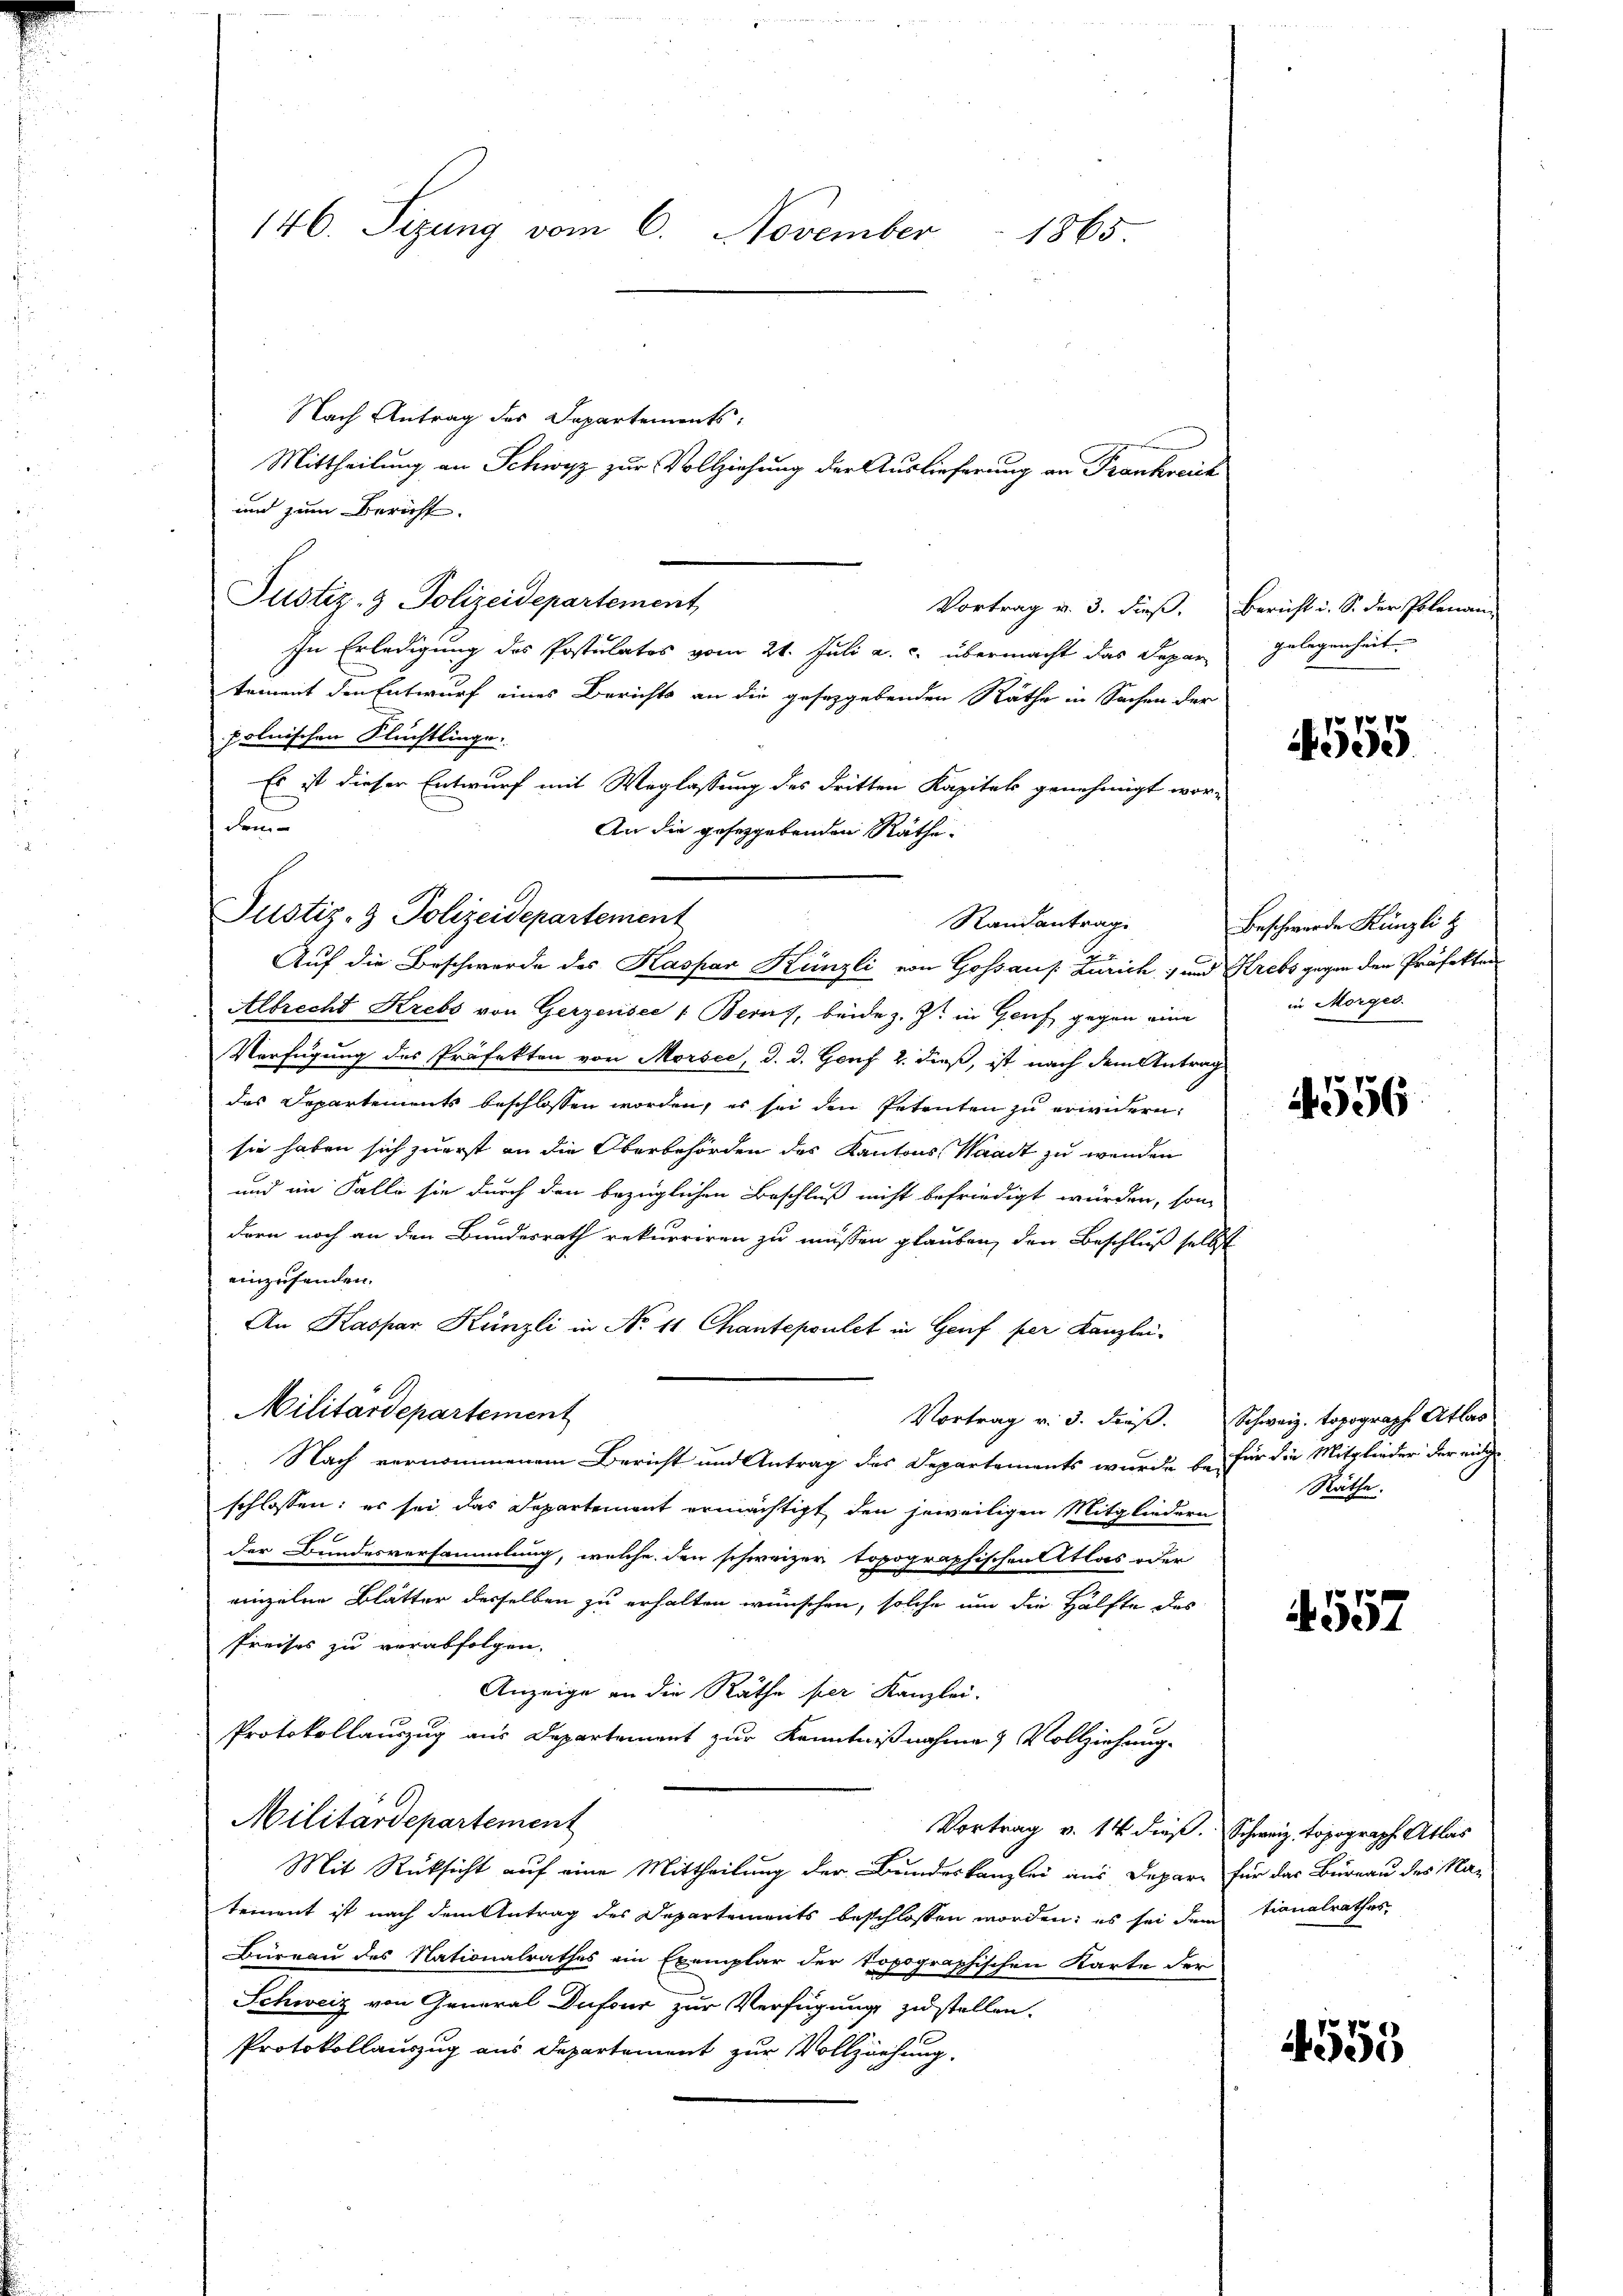
146. Sizung vom 6. November
1865

Nach Antrag des Capartements:
Mittheilung an Schwyz zur Vollziehung der Auslieferung an Trankreich
und zum Bericht.
Justiz- & Polizeidepartement
Vortrag v. 3. dieß.
In Erledigung des Postulatos vom 21. Juli a. c. übermacht das Depar
tement den Entwurf eines Berichts an die gesetzgebenden Räthe in Sachen der
polnischen Flüchtlinge.
Es ist dieser Entwurf mit Weglassung des dritten Kapitel genehmigt wor-
dem
An die gesetzgebenden Räthe.
Auf die Beschwerde des Kaspar Künzli von Gossaus: Zürich) und Krebs gegen der Präfekten
Albrecht Krebs von Gerzensee 1 Berns, beide z. Zt. in Genf gegen eine
Verfügung des Präfekten von Morsee, d. d. Genf 2. dieß, ist nach dem Antrag
das Departements beschlossen worden, es sei den Petenten zu erwidern,
sie haben sich zuerst an die Oberbehörden des Kantons Waadt zu wenden
und im Falle sie durch den bezüglichen Beschluß nicht befriedigt würden, son
dern noch an den Bundesrath rekurriren zu müssen glauben, den Beschluß selb
einzusenden.
An Kaspar Künzli in No 11 Chantepoulet in Genf per Kanzlei-
Militärdepartement
Vortrag v. 3. dieß.
Nach vernommenem Bericht und Antrag des Departements wurde beschlossen: es sei das Departement ermächtigt, den jeweiligen Mitgliedern
e
der Bundesversammlung, welche den schweizer topographischen Atlas oder
einzelne Blätter desselben zu erhalten wünschen, solche um die Hälfte des
Preises zu verabfolgen.
Anzeige an die Räthe hier Kanzlei-
Protokollauszug aus Departement zur Kenntnißnahme & Vollziehung.
Militärdepartement
Vortrag v. 14 dies. Schweiz. topograph Atlas
Mit Rücksicht auf eine Mittheilung der Bundeskanzlei aus Depart für das Büreau des Na-
tement ist nach dem Antrag des Departements beschlossen worden; es sei dem tionalrathes
Büreau des Nationalrathes ein Exemplar der topographischen Karte der
Schweiz von General Dufour zur Verfügung zu stellen.
Protokollauszug aus Departement zur Vollziehung

Justiz- & Polizeidepartement

Randantrage

Bericht u. S. der Polenangelegenheit.

1555.

Beschwerde Künzli b
in Morges.

E

4556

Schweiz. topograph Atlas
für die Mitglieder der einge
Räthe.

4557

4555